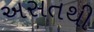
અસતથી